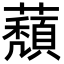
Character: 蘈